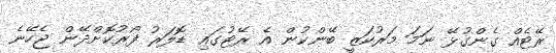
ރޭޓެއް ގެންގުޅޭ ނަމަ މަރުކަޒީ ބޭންކުން އެ ރޭޓުގައި ޑޮލަރު ފޯރުކޮށްދޭން ޖެހޭނެ